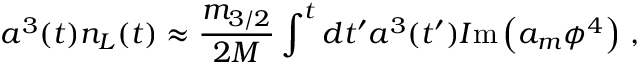
a ^ { 3 } ( t ) n _ { L } ( t ) \approx \frac { m _ { 3 / 2 } } { 2 M } \int ^ { t } d t ^ { \prime } a ^ { 3 } ( t ^ { \prime } ) { \cal I } \mathrm { m } \left( a _ { m } \phi ^ { 4 } \right) \, ,